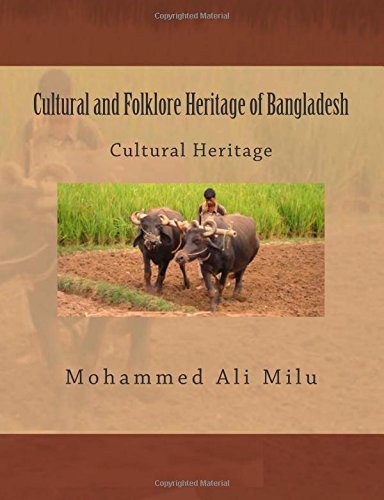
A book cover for Cultural and Folklore Heritage of Bangladesh: Cultural Heritage; Mr. Mohammed Ali Milu; Travel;